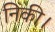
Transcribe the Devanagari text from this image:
निकी।